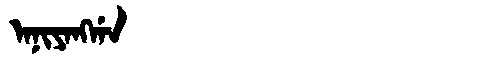
Manchu: ᠠᠨᡳᠶᠠᠩᡤᠠ
Romanization: ANIYANGGA